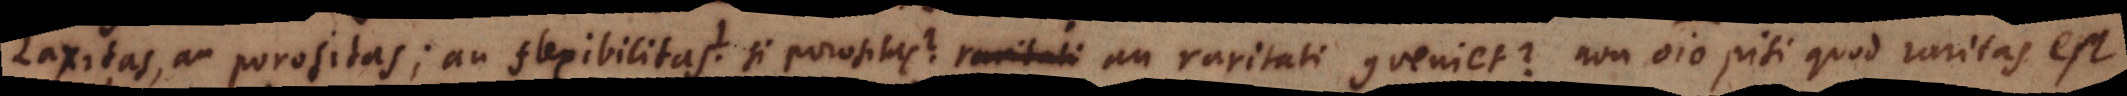
Laxitas, an porositas; an flexibilitas? Si porositas? an raritati conveniet? Non omnino nisi quod raritas est